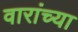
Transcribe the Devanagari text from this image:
वारांच्या